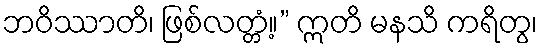
ဘဝိဿာတိ၊ ဖြစ်လတ္တံ့။” ဣတိ မနသိ ကရိတွ၊